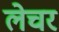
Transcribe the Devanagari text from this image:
लेचर